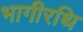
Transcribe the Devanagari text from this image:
भागीरथि